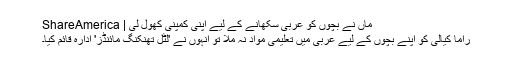
ماں نے بچوں کو عربی سکھانے کے لیے اپنی کمپنی کھول لی | ShareAmerica
راما کیالی کو اپنے بچوں کے لیے عربی میں تعلیمی مواد نہ ملا تو انہوں نے 'لٹل تھنکنگ مائنڈز' ادارہ قائم کیا۔